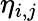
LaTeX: \eta_{i,j}